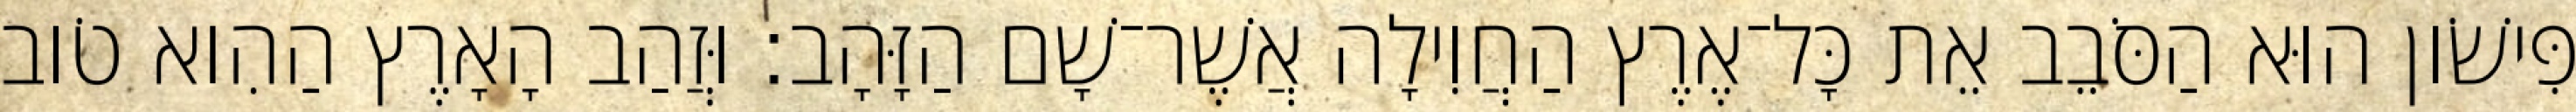
פִּישֹׁון הוּא הַסֹּבֵב אֵת כָּל־אֶרֶץ הַחֲוִילָה אֲשֶׁר־שָׁם הַזָּהָב׃ וּזֲהַב הָאָרֶץ הַהִוא טֹוב